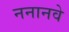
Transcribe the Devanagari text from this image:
ननानवे